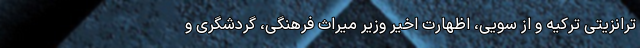
ترانزیتی ترکیه و از سویی، اظهارت اخیر وزیر میراث فرهنگی، گردشگری و